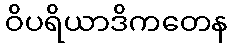
ဝိပရိယာဒိကတေန